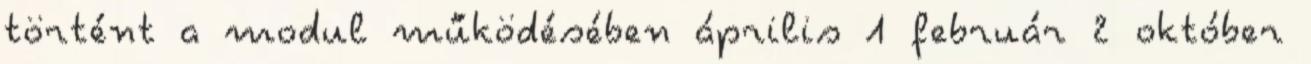
történt a modul működésében április 1 február 2 október